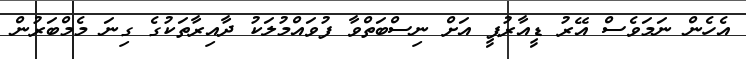
އެހެން ނަމަވެސް އޭރު ޑީއާރުޕީ އަށް ނިސްބަތްވާ ފުވައްމުލަކު ދާއިރާތަކުގެ ގިނަ މެމްބަރުން